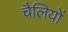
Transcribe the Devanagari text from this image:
चैलियों